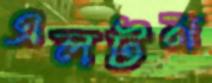
এলটন